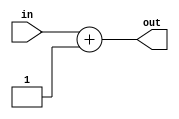
module Increment(in,out);
 parameter n = 8;
 input [n-1:0]in;
 output reg [n-1:0]out;
 
always @(in)
 begin
 out = in + 1;
 end 
 
endmodule